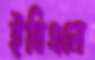
ইবিএলে